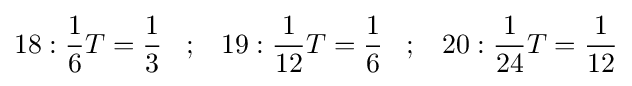
18:{\frac {1}{6}}T={\frac {1}{3}}\;\;\;;\;\;\;19:{\frac {1}{12}}T={\frac {1}{6}}\;\;\;;\;\;\;20:{\frac {1}{24}}T={\frac {1}{12}}